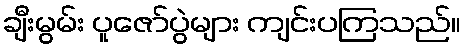
ချီးမွမ်း ပူဇော်ပွဲများ ကျင်းပကြသည်။